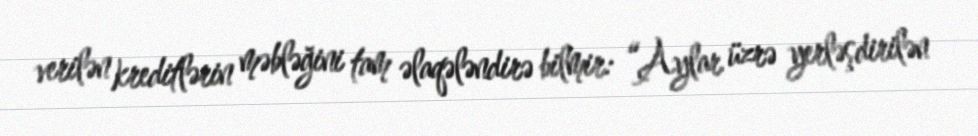
verilən kreditlərin məbləğini tam əlaqələndirə bilmir: “Aylar üzrə yerləşdirilən